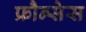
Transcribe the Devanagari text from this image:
फ्रौन्सेस